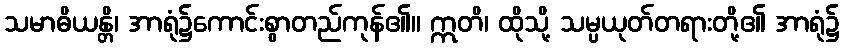
သမာဓိယန္တိ၊ အာရုံ၌ကောင်းစွာတည်ကုန်၏။ ဣတိ၊ ထိုသို့ သမ္ပယုတ်တရားတို့၏ အာရုံ၌